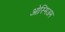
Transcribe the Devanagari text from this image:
ओस्मिअम